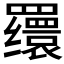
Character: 𬙪